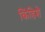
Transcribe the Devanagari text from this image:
किंडिशे